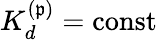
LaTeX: K_{d}^{(\mathfrak{p})}=\mathrm{{{const}}}